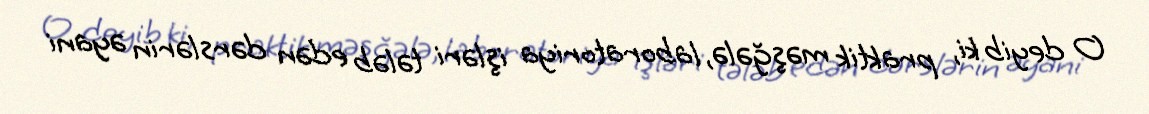
O deyib ki, praktik məşğələ, laboratoriya işləri tələb edən dərslərin əyani